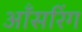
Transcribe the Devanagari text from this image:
ऑंसरिंग